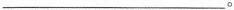
____。